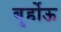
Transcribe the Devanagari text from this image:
बुर्होऊ